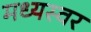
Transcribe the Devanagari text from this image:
मध्यस्वर